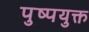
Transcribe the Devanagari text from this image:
पुष्पयुक्त